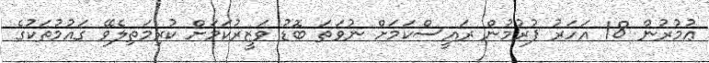
ޢުމުރުން 18 އަހަރު ފުރުމުން ރައީސްކަމަށް ނުވަތަ ބޮޑު ވަޒީރުކަމަށް ކުރިމަތިލެވޭ ގައުމުތަކުގެ